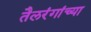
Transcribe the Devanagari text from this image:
तैलरंगांच्या